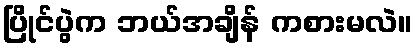
ပြိုင်ပွဲက ဘယ်အချိန် ကစားမလဲ။